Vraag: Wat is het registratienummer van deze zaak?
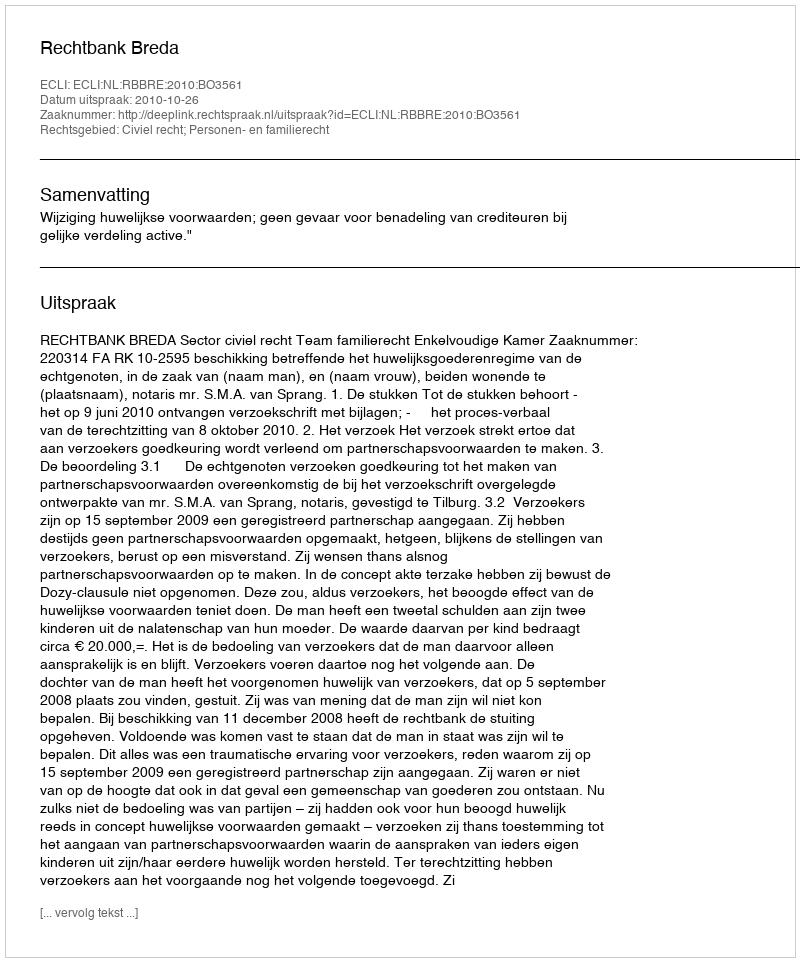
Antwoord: http://deeplink.rechtspraak.nl/uitspraak?id=ECLI:NL:RBBRE:2010:BO3561